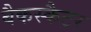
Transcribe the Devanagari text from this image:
बैकस्कैटर